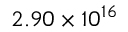
2 . 9 0 \times 1 0 ^ { 1 6 }